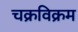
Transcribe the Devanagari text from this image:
चक्रविक्रम